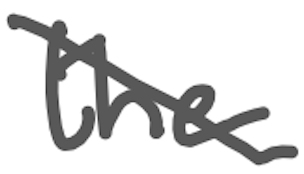
Text: the
Cross-out: diagonal
Writing tool: digital_gray